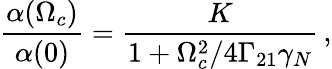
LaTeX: \frac{\alpha(\Omega_{c})}{\alpha(0)}=\frac{K}{1+\Omega_{c}^{2}/4\Gamma_{21}\gamma_{N}}\, ,